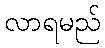
လာရမည်